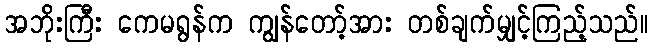
အဘိုးကြီး ကေမရွန်က ကျွန်တော့်အား တစ်ချက်မျှင့်ကြည့်သည်။